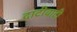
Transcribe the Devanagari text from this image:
दाटीवाटी